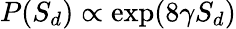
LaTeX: P(S_{d})\propto\exp(8\gamma S_{d})